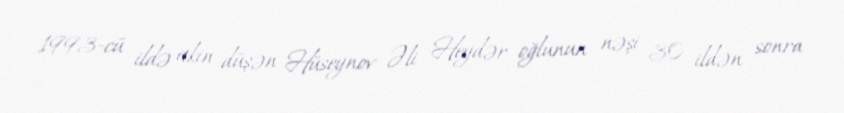
1993-cü ildə itkin düşən Hüseynov Əli Heydər oğlunun nəşi 30 ildən sonra